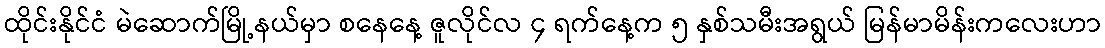
ထိုင်းနိုင်ငံ မဲဆောက်မြို့နယ်မှာ စနေနေ့ ဇူလိုင်လ ၄ ရက်နေ့က ၅ နှစ်သမီးအရွယ် မြန်မာမိန်းကလေးဟာ